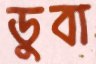
ডুবা